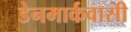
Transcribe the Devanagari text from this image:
डेनमार्कवासी